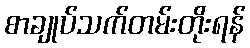
စာချုပ်သက်တမ်းတိုးရန်